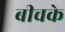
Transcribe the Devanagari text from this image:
बीचके